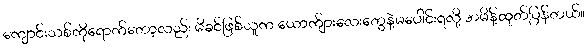
ကျောင်းသစ်ကိုရောက်တော့လည်း မိခင်ဖြစ်သူက ယောက်ျားလေးတွေနဲ့မပေါင်းရလို့ အမိန့်ထုတ်ပြန်တယ်။